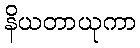
နိယတာယုကာ